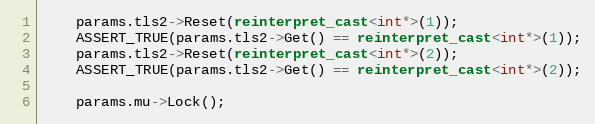
Language: C++
    params.tls2->Reset(reinterpret_cast<int*>(1));
    ASSERT_TRUE(params.tls2->Get() == reinterpret_cast<int*>(1));
    params.tls2->Reset(reinterpret_cast<int*>(2));
    ASSERT_TRUE(params.tls2->Get() == reinterpret_cast<int*>(2));

    params.mu->Lock();